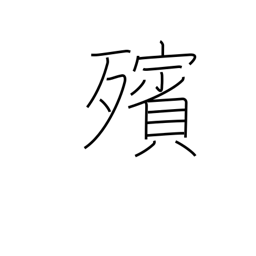
Meaning: lying in state